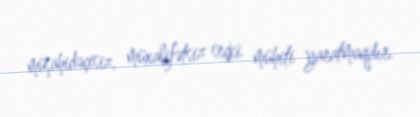
müşahidəçisiz, müxalifətsiz seçki mühiti yaratmaqdır.